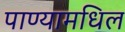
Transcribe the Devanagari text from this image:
पाण्यामधिल